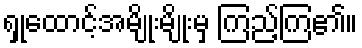
ရှုထောင့်အမျိုးမျိုးမှ ကြည့်ကြ၏။